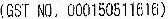
(GST NO. 000150511616)